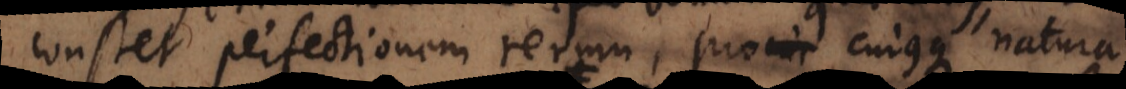
constet perfectionem rerum, pro cujusque natura